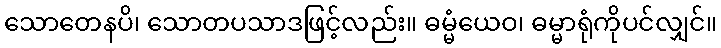
သောတေနပိ၊ သောတပသာဒဖြင့်လည်း။ ဓမ္မံယေဝ၊ ဓမ္မာရုံကိုပင်လျှင်။